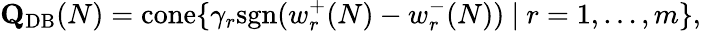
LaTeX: \mathbf{Q}_{\mathrm{{DB}}}(N)=\mathrm{{cone}}\{ \gamma_{r}\mathrm{{sgn}}(w_{r}^{+}(N)-w_{r}^{-}(N))\ |\ r=1,\ldots,m\} ,